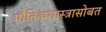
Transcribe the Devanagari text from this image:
भौतिकशास्त्रासोबत